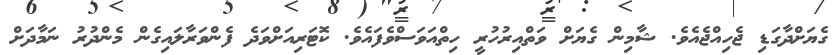
ގެޔަށްދާގަޑި ޖެހިއްޖެއެވެ. ޝާމިން ގެޔަށް ވަތްއިރުހުރީ ހިތްއަވަސްވެފައެވެ. ކޮޓަރިއަށްވަދެ ފެންވަރާލައިގެން މެންދުރު ނަމާދަށް